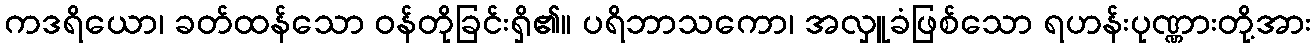
ကဒရိယော၊ ခတ်ထန်သော ဝန်တိုခြင်းရှိ၏။ ပရိဘာသကော၊ အလှူခံဖြစ်သော ရဟန်းပုဏ္ဏားတို့အား